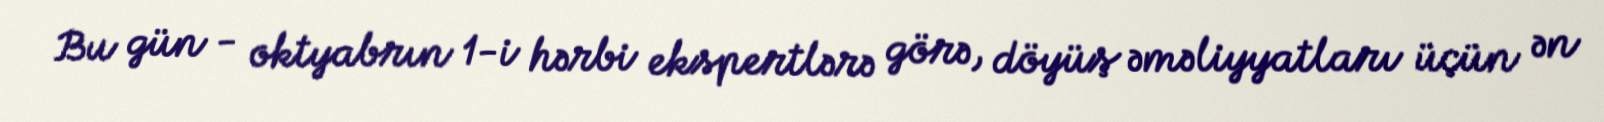
Bu gün - oktyabrın 1-i hərbi ekspertlərə görə, döyüş əməliyyatları üçün ən